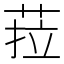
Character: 菈